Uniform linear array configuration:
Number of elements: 4
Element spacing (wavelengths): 1
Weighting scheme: exponential
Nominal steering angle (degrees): -30
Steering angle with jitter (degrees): -28.219
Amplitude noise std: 0.05
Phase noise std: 0.05

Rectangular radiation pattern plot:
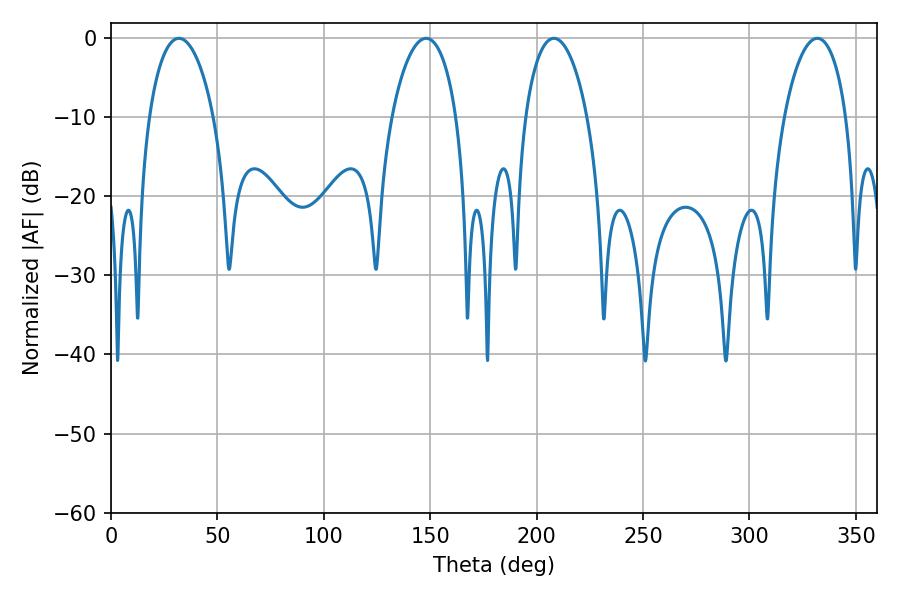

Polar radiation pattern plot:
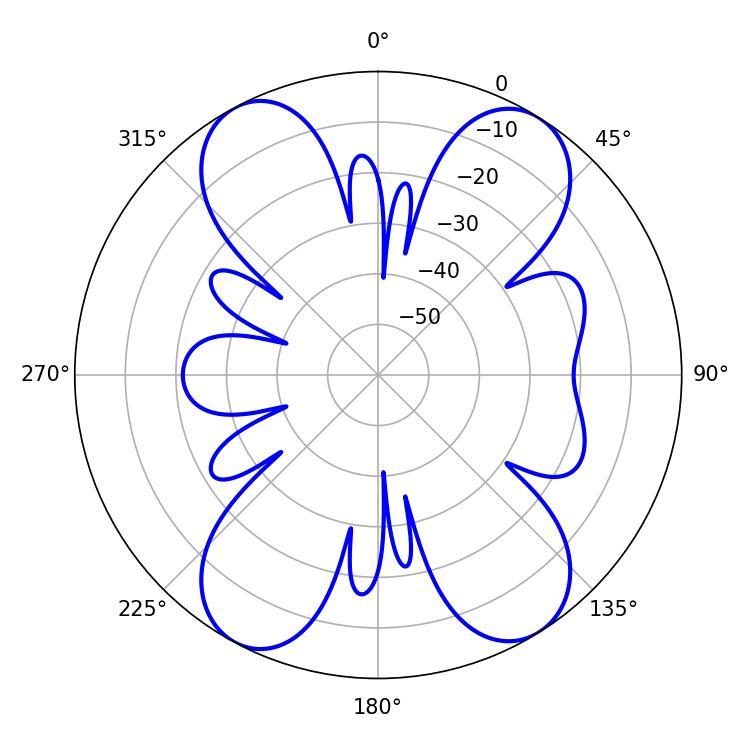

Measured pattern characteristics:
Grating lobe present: TRUE
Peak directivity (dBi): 15.404
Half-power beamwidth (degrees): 16.56
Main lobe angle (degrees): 208.08